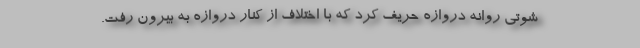
شوتی روانه دروازه حریف کرد که با اختلاف از کنار دروازه به بیرون رفت.